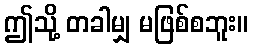
ဤသို့ တခါမျှ မဖြစ်စဘူး။